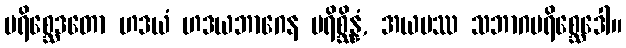
ပရိစ္ဆေဒတော ဟဒယံ ဟဒယဘာဂေန ပရိစ္ဆိန္နံ, အယမဿ သဘာဂပရိစ္ဆေဒေါ။